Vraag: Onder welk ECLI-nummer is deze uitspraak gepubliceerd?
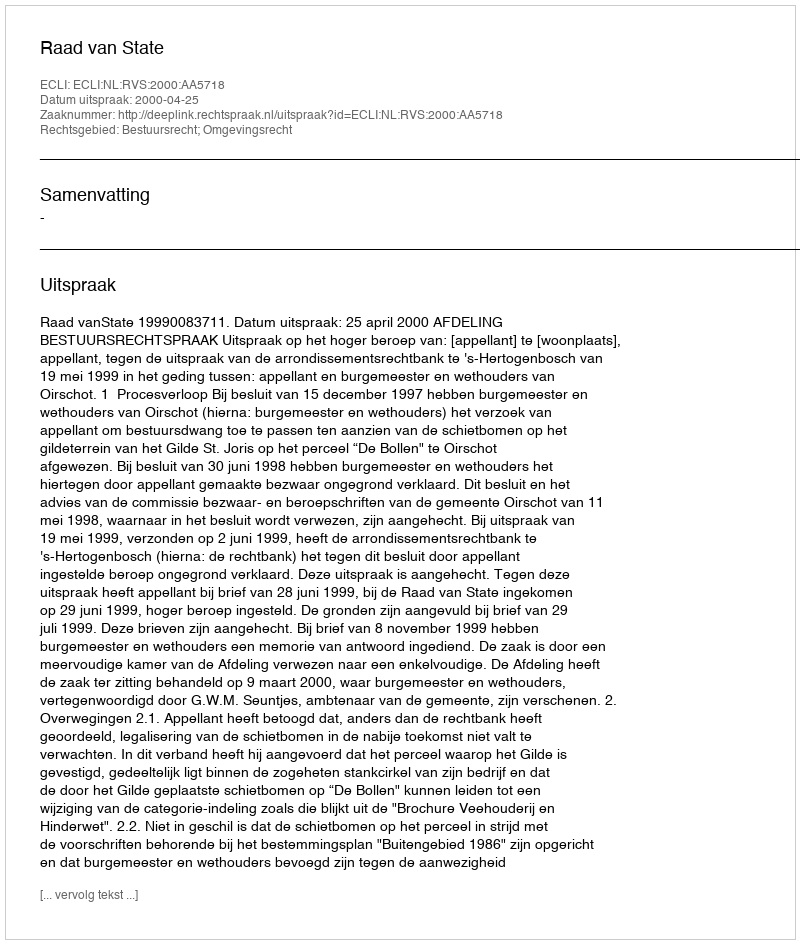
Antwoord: ECLI:NL:RVS:2000:AA5718